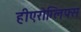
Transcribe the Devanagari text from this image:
हीएरोग्लिफ्स